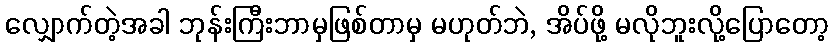
လျှောက်တဲ့အခါ ဘုန်းကြီးဘာမှဖြစ်တာမှ မဟုတ်ဘဲ, အိပ်ဖို့ မလိုဘူးလို့ပြောတော့